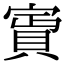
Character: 𡪛